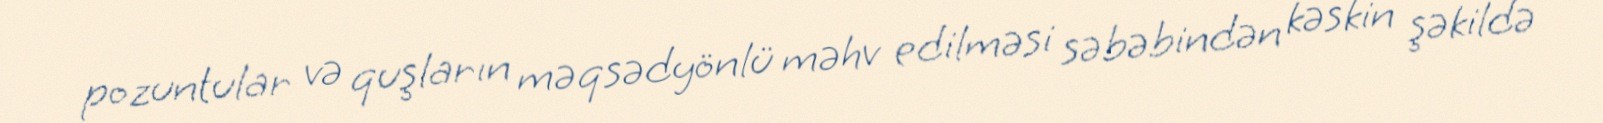
pozuntular və quşların məqsədyönlü məhv edilməsi səbəbindən kəskin şəkildə